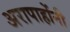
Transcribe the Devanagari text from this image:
अरापाहोंनी